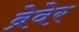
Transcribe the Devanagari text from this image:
ब्रेवेर